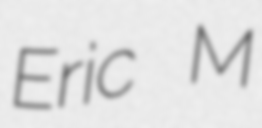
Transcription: Eric M